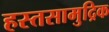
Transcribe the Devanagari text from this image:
हस्तसामुद्रिक